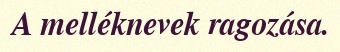
A melléknevek ragozása.